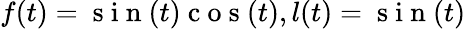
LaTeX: f(t)=\mathrm{~s~i~n~}(t)\mathrm{~c~o~s~}(t),l(t)=\mathrm{~s~i~n~}(t)